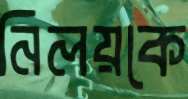
নিলয়কে